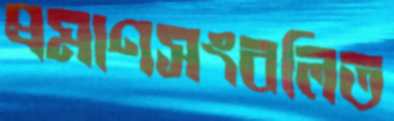
প্রমাণসংবলিত